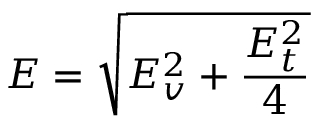
E = \sqrt { E _ { v } ^ { 2 } + \frac { E _ { t } ^ { 2 } } { 4 } }